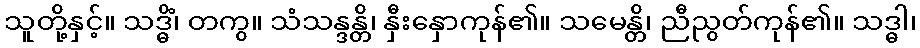
သူတို့နှင့်။ သဒ္ဓိံ၊ တကွ။ သံသန္ဒန္တိ၊ နှီးနှောကုန်၏။ သမေန္တိ၊ ညီညွတ်ကုန်၏။ သဒ္ဓါ၊